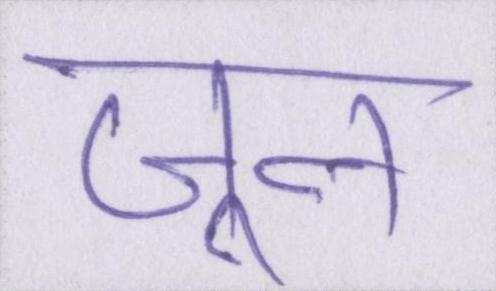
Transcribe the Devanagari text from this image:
जून